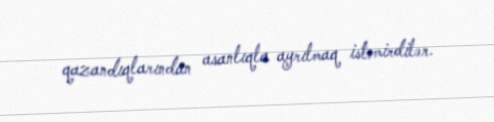
qazandıqlarından asanlıqla ayrılmaq istəmirdilər.